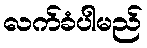
လက်ခံပါမည်